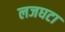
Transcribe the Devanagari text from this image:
लजघटा